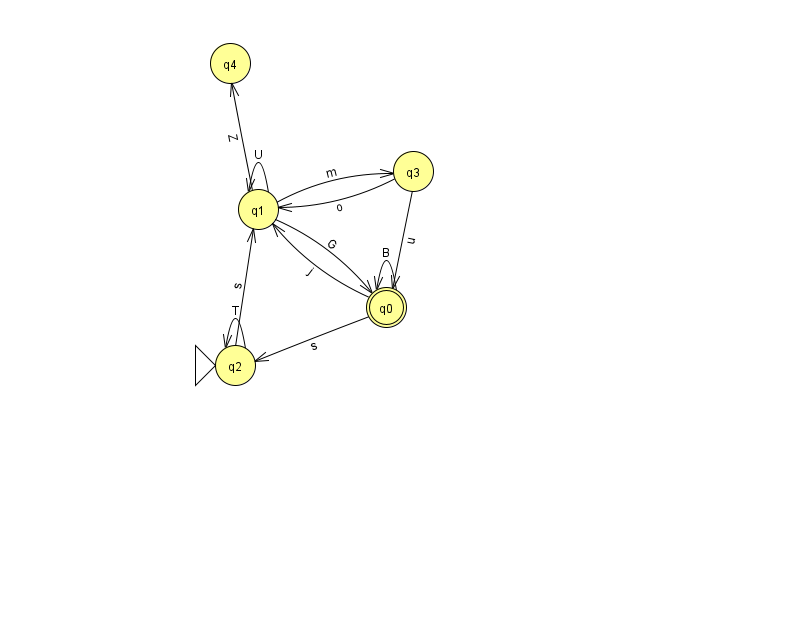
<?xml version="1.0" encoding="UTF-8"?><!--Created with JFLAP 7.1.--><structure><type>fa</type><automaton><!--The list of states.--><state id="0" name="q0"><x>386.0</x><y>294.0</y><final/></state><state id="1" name="q1"><x>258.0</x><y>196.0</y></state><state id="2" name="q2"><x>235.0</x><y>352.0</y><initial/></state><state id="3" name="q3"><x>413.0</x><y>158.0</y></state><state id="4" name="q4"><x>230.0</x><y>50.0</y></state><!--The list of transitions.--><transition><from>3</from><to>1</to><read>o</read></transition><transition><from>0</from><to>0</to><read>B</read></transition><transition><from>1</from><to>3</to><read>m</read></transition><transition><from>2</from><to>2</to><read>T</read></transition><transition><from>1</from><to>0</to><read>G</read></transition><transition><from>1</from><to>1</to><read>U</read></transition><transition><from>0</from><to>1</to><read>j</read></transition><transition><from>1</from><to>4</to><read>Z</read></transition><transition><from>0</from><to>2</to><read>s</read></transition><transition><from>3</from><to>0</to><read>u</read></transition><transition><from>2</from><to>1</to><read>s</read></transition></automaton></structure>